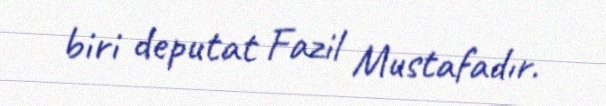
biri deputat Fazil Mustafadır.